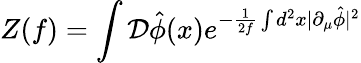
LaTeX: Z(f)=\int{\cal D}\hat{\phi}(x)e^{-\frac{1}{2f}\int d^{2}x|\partial_{\mu}\hat{\phi}|^{2}}